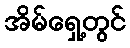
အိမ်ရှေ့တွင်